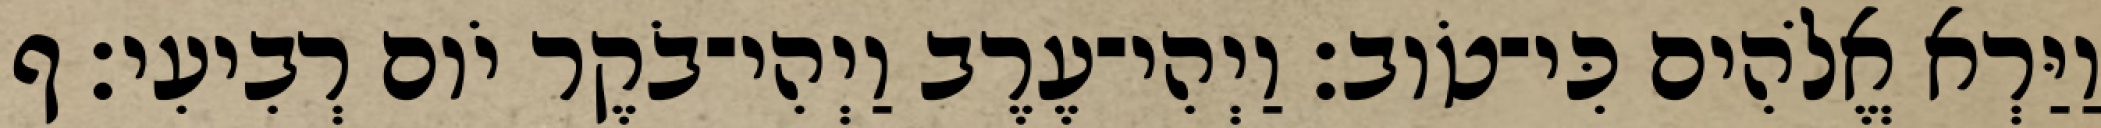
וַיַּרְא אֱלֹהִים כִּי־טֹוב׃ וַיְהִי־עֶרֶב וַיְהִי־בֹקֶר יֹום רְבִיעִי׃ ף